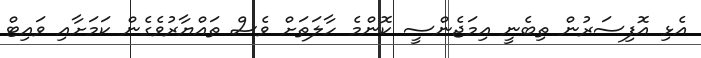
އެޅި އޮފިސަރުން ތިބެނީ އިމަޖެންސީ ކޮންމެ ހާލަތަށް ވެސް ތައްޔާރުވެގެން ކަމަށާއި ވައިޓް